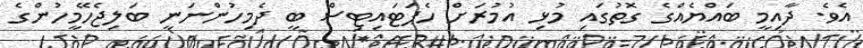
އެވެ. ދާއިމީ ބައްޔެއްގެ ގޮތުގައި މުޅި އުމުރަށް ހެޕަޓައިޓިސް ބީ ދެމިހުންނަނީ ބަލިޖެހޭމީހުންގެ